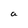
Character: a